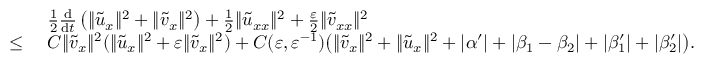
\begin{array} { r l } & { \ \frac 1 2 \frac { \mathrm { d } } { \mathrm { d } t } \left( \| \tilde { u } _ { x } \| ^ { 2 } + \| \tilde { v } _ { x } \| ^ { 2 } \right) + \frac 1 2 \| \tilde { u } _ { x x } \| ^ { 2 } + \frac { \varepsilon } { 2 } \| \tilde { v } _ { x x } \| ^ { 2 } } \\ { \le } & { \ C \| \tilde { v } _ { x } \| ^ { 2 } ( \| \tilde { u } _ { x } \| ^ { 2 } + \varepsilon \| \tilde { v } _ { x } \| ^ { 2 } ) + C ( \varepsilon , \varepsilon ^ { - 1 } ) \big ( \| \tilde { v } _ { x } \| ^ { 2 } + \| \tilde { u } _ { x } \| ^ { 2 } + | \alpha ^ { \prime } | + | \beta _ { 1 } - \beta _ { 2 } | + | \beta _ { 1 } ^ { \prime } | + | \beta _ { 2 } ^ { \prime } | \big ) . } \end{array}